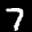
Label: 7